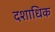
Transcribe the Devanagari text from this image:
दशाधिक